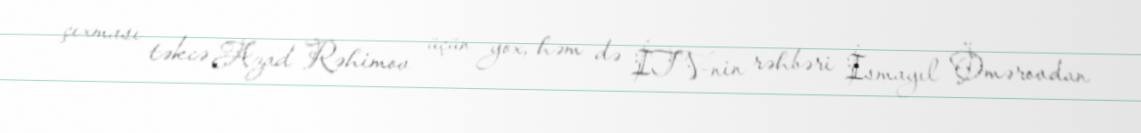
çıxması təkcə Azad Rəhimov üçün yox, həm də İTV-nin rəhbəri İsmayıl Ömərovdan